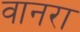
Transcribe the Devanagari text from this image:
वानरा